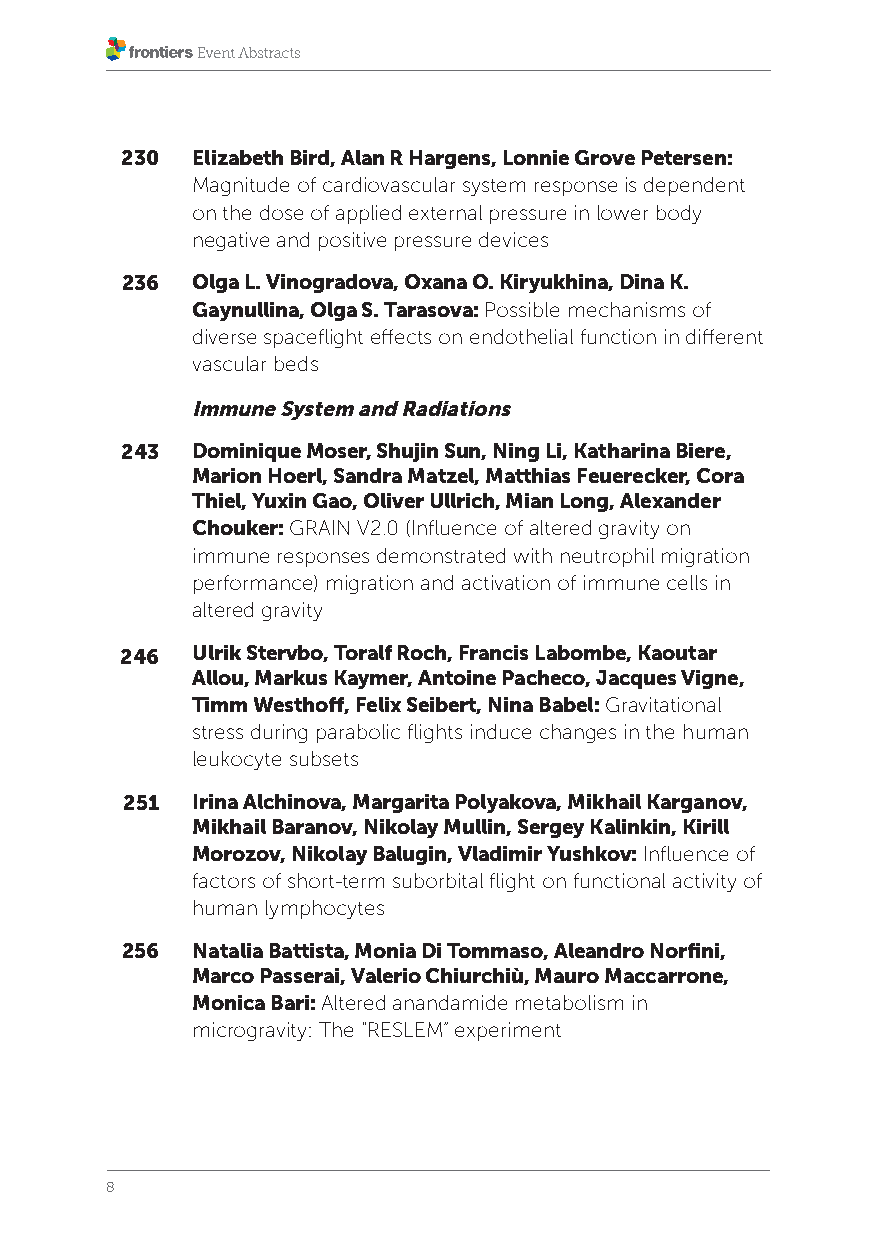
230  Elizabeth Bird, Alan R Hargens, Lonnie Grove Petersen:
 Magnitude of cardiovascular system response is dependent
 on the dose of applied external pressure in lower body
 negative and positive pressure devices
 236  Olga L. Vinogradova, Oxana O. Kiryukhina, Dina K.
 Gaynullina, Olga S. Tarasova: Possible mechanisms of
 diverse spaceflight effects on endothelial function in different
 vascular beds
 Immune System and Radiations
 243  Dominique Moser, Shujin Sun, Ning Li, Katharina Biere,
 Marion Hoerl, Sandra Matzel, Matthias Feuerecker, Cora
 Thiel, Yuxin Gao, Oliver Ullrich, Mian Long, Alexander
 Chouker: GRAIN V2.0 (Influence of altered gravity on
 immune responses demonstrated with neutrophil migration
 performance) migration and activation of immune cells in
 altered gravity
 246  Ulrik Stervbo, Toralf Roch, Francis Labombe, Kaoutar
 Allou, Markus Kaymer, Antoine Pacheco, Jacques Vigne,
 Timm Westhoff, Felix Seibert, Nina Babel: Gravitational
 stress during parabolic flights induce changes in the human
 leukocyte subsets
 251  Irina Alchinova, Margarita Polyakova, Mikhail Karganov,
 Mikhail Baranov, Nikolay Mullin, Sergey Kalinkin, Kirill
 Morozov, Nikolay Balugin, Vladimir Yushkov: Influence of
 factors of short-term suborbital flight on functional activity of
 human lymphocytes
 256  Natalia Battista, Monia Di Tommaso, Aleandro Norfini,
 Marco Passerai, Valerio Chiurchiù, Mauro Maccarrone,
 Monica Bari: Altered anandamide metabolism in
 microgravity: The “RESLEM” experiment
 8